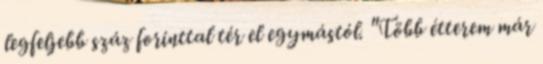
legfeljebb száz forinttal tér el egymástól. "Több étterem már